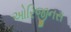
ઓરિજીનસ